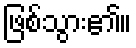
ဖြစ်သွား၏။